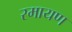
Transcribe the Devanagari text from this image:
रमायण